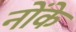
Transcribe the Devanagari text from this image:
नोंके